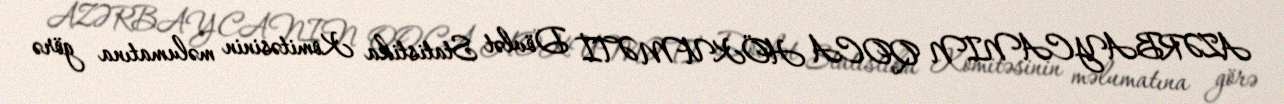
AZƏRBAYCANIN QOCA HÖKUMƏTİ Dövlət Statistika Komitəsinin məlumatına görə